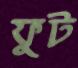
ফুট